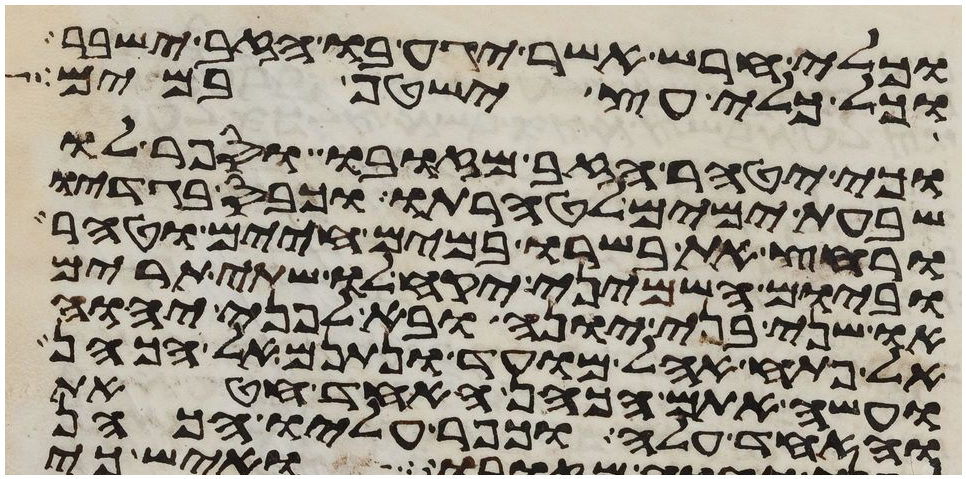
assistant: וכלי חרש אשר יגע בו הזב ישבר
וכל כלי עץ ישטף במים
וכי יטהר הזב מזובו וספר לו
שבעת ימים לטהרתו וכבס בגדיו
ורחץ את בשרו במים חיים וטהר
וביום השמיני יקח לו שתי תרים
או שני בני יונה ובא לפני יהוה
אל פתח אהל מועד ונתנם אל הכהן
ועשה אתם הכהן אחד חטאת
ואחד עלה וכפר עליו הכהן